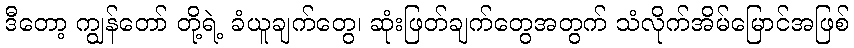
ဒီတော့ ကျွန်တော် တို့ရဲ့ ခံယူချက်တွေ၊ ဆုံးဖြတ်ချက်တွေအတွက် သံလိုက်အိမ်မြောင်အဖြစ်